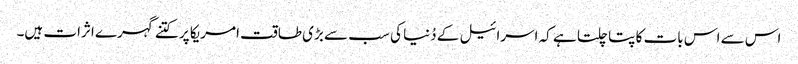
اس سے اس بات کا پتا چلتا ہے کہ اسرائیل کے دُنیا کی سب سے بڑی طاقت امریکا پر کتنے گہرے اثرات ہیں۔